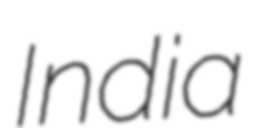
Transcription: India